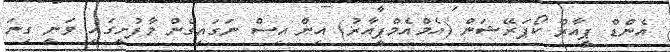
އެންޑް ޕީއާރް ކޯޕަރޭޝަން (އެމްއެމްޕީއާރު) އިން އިސް ނަގައިގެން މާފުށީގައި ވަނީ ގިނަ